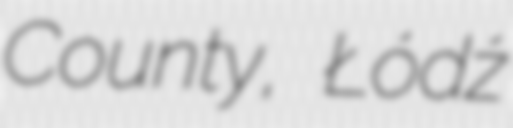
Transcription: County, Łódź